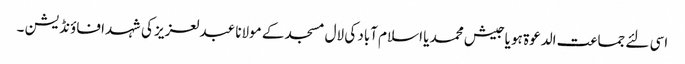
اسی لئے جماعت الدعوۃ ہو یا جیش محمد یا اسلام آباد کی لال مسجد کے مولانا عبدلعزیز کی شہدا فاؤنڈیشن ۔